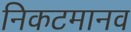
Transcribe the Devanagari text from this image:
निकटमानव